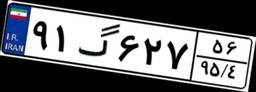
۹۱گ۶۲۷۵۶